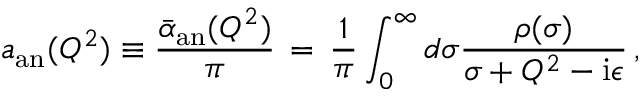
a _ { \mathrm { a n } } ( Q ^ { 2 } ) \equiv \frac { \bar { \alpha } _ { \mathrm { a n } } ( Q ^ { 2 } ) } { \pi } \, = \, \frac { 1 } { \pi } \int _ { 0 } ^ { \infty } d \sigma \frac { \rho ( \sigma ) } { \sigma + Q ^ { 2 } - \mathrm { i } \epsilon } \, ,